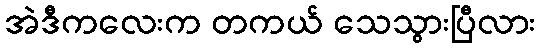
အဲဒီကလေးက တကယ် သေသွားပြီလား